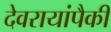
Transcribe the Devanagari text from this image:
देवरायांपैकी